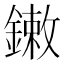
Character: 𨫾